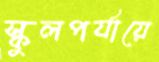
স্কুলপর্যায়ে